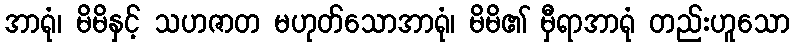
အာရုံ၊ မိမိနှင့် သဟဇာတ မဟုတ်သောအာရုံ၊ မိမိ၏ မှီရာအာရုံ တည်းဟူသော